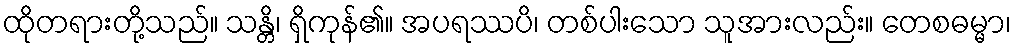
ထိုတရားတို့သည်။ သန္တိ၊ ရှိကုန်၏။ အပရဿပိ၊ တစ်ပါးသော သူအားလည်း။ တေစဓမ္မာ၊